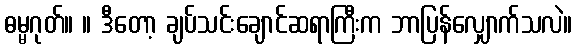
ဓမ္မဂုတ်။ ။ ဒီတော့ ချပ်သင်းချောင်ဆရာကြီးက ဘာပြန်လျှောက်သလဲ။